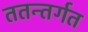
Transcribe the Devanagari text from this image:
ततन्तर्गत